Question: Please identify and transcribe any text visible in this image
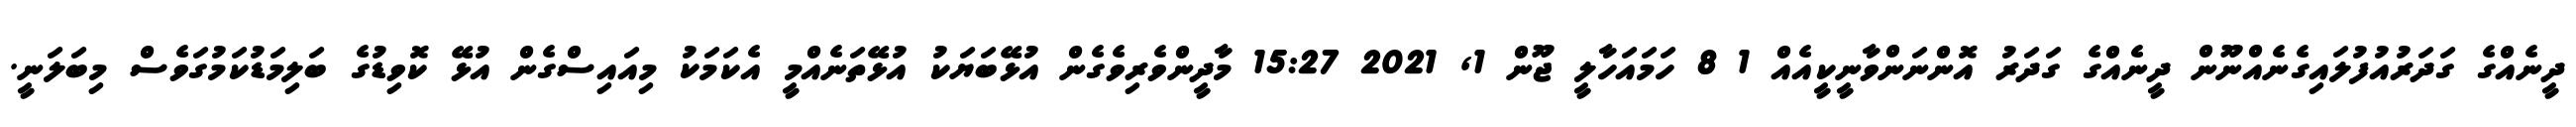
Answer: ދީނެއްގެ ގަދަރުއުފުލައިގެނެއްނޫން ދީނެއްގެ ގަދަރު އޮންނަންވާނީކީއެއް 1 8 ހަމައަހާލީ ޖޫން 1, 2021 15:27 މާދީންވެރިވެގެން އުޅޭބަޔަކު އުޅޭތަނެއްމީ އެކަމަކު މިއައިސްގެން އުޅޭ ކޮވިޑުގެ ބަލިމަޑުކަމުގަވެސް މިބަލަނީ.